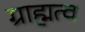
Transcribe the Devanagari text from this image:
ग्राह्मत्व